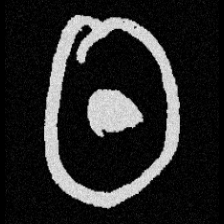
Pyu character \u2014 Myanmar letter: ထ (romanized: tha)